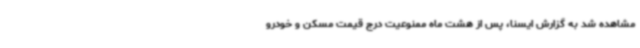
مشاهده شد به گزارش ایسنا، پس از هشت ماه ممنوعیت درج قیمت مسکن و خودرو